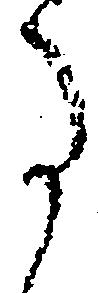
た